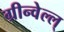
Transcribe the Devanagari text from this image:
ग्रीन्वेल्ल्